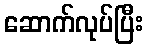
ဆောက်လုပ်ပြီး